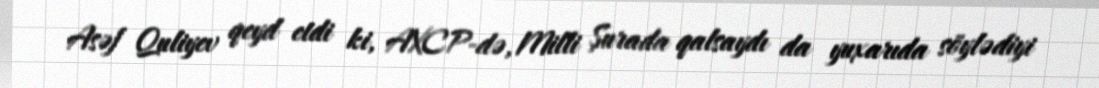
Asəf Quliyev qeyd etdi ki, AXCP-də, Milli Şurada qalsaydı da yuxarıda söylədiyi